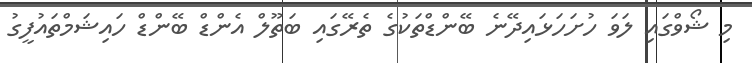
މި ޝޯވްގައި ލަވަ ހުށަހަޅައިދޭނެ ބޭންޑްތަކުގެ ތެރޭގައި ބަތޫލް އެންޑް ބޭންޑް ހައިޝަމްތައުފީގު